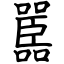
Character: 嚚